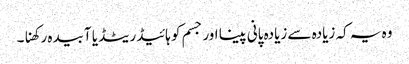
وہ یہ کہ زیادہ سے زیادہ پانی پینا اور جسم کو ہائیڈریٹڈ یا آبیدہ رکھنا۔